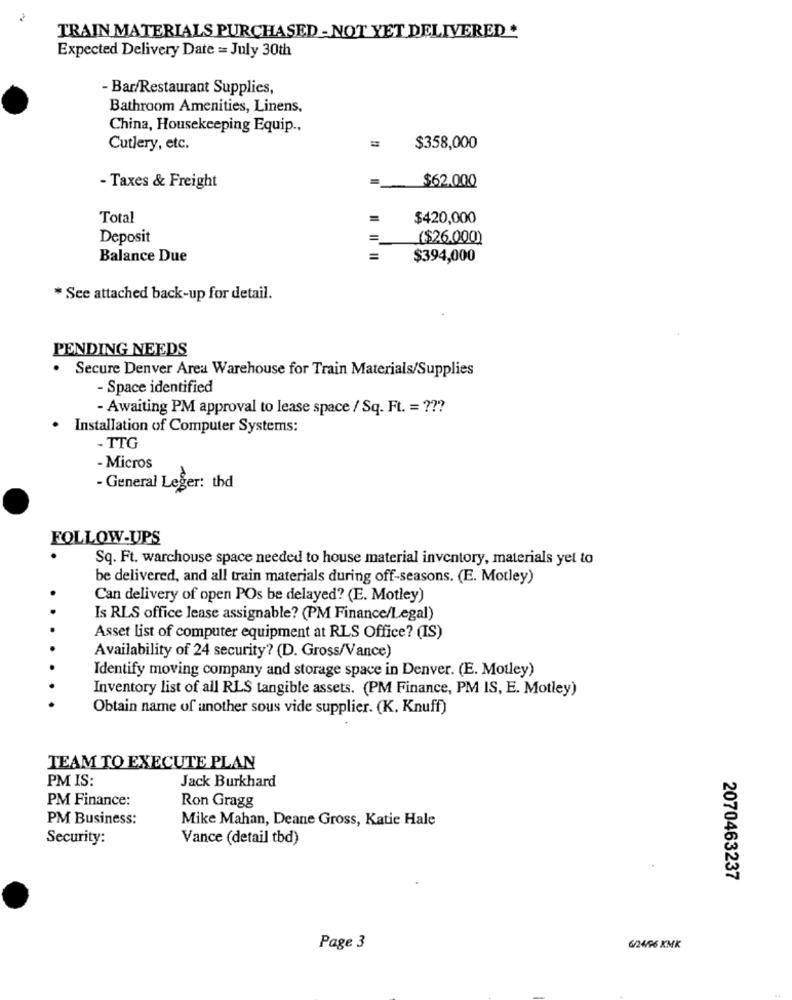
TRAIN MATERIALS PURCHASED - NOT YET DELIVERED *
Expected Delivery Date = July 30th
- Bar/Restaurant Supplies,
Bathroom Amenities, Linens,
China, Housekeeping Equip .,
Cutlery, etc.
=
$358,000
=
$62.000
- Taxes & Freight
Total
=
$420,000
Deposit
=
($26.000)
Balance Due
=
$394,000
* See attached back-up for detail.
PENDING NEEDS
.
Secure Denver Area Warehouse for Train Materials/Supplies
- Space identified
- Awaiting PM approval to lease space / Sq. Ft. = ???
.
Installation of Computer Systems:
- TTG
- Micros
- General Leger: thd
FOLLOW-UPS
Sq. Ft. warchouse space needed to house material inventory, materials yet to
be delivered, and all train materials during off-seasons. (E. Motley)
Can delivery of open POs be delayed? (E. Motley)
Is RLS office lease assignable? (PM Finance/Legal)
Asset list of computer equipment at RLS Office? (IS)
Availability of 24 security? (D. Gross/Vance)
Identify moving company and storage space in Denver. (E. Motley)
Inventory list of all RLS tangible assets. (PM Finance, PM IS, E. Motley)
Obtain name of another sous vide supplier. (K. Knuff)
TEAM TO EXECUTE PLAN
PM IS:
Jack Burkhard
PM Finance:
Ron Gragg
PM Business:
Mike Mahan, Deane Gross, Katie Hale
Security:
Vance (detail tbd)
2070463237
Page 3
6/24/96 KMK